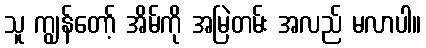
သူ ကျွန်တော့် အိမ်ကို အမြဲတမ်း အလည် မလာပါ။